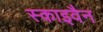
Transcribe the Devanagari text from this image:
स्काइवैन